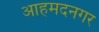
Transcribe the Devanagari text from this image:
आहमदनगर